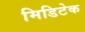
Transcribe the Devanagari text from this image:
मिडिटेक